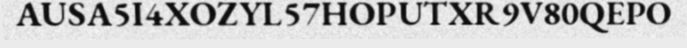
AUSA5I4XOZYL57HOPUTXR9V80QEPO